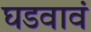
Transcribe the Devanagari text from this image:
घडवावं